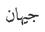
جیهان